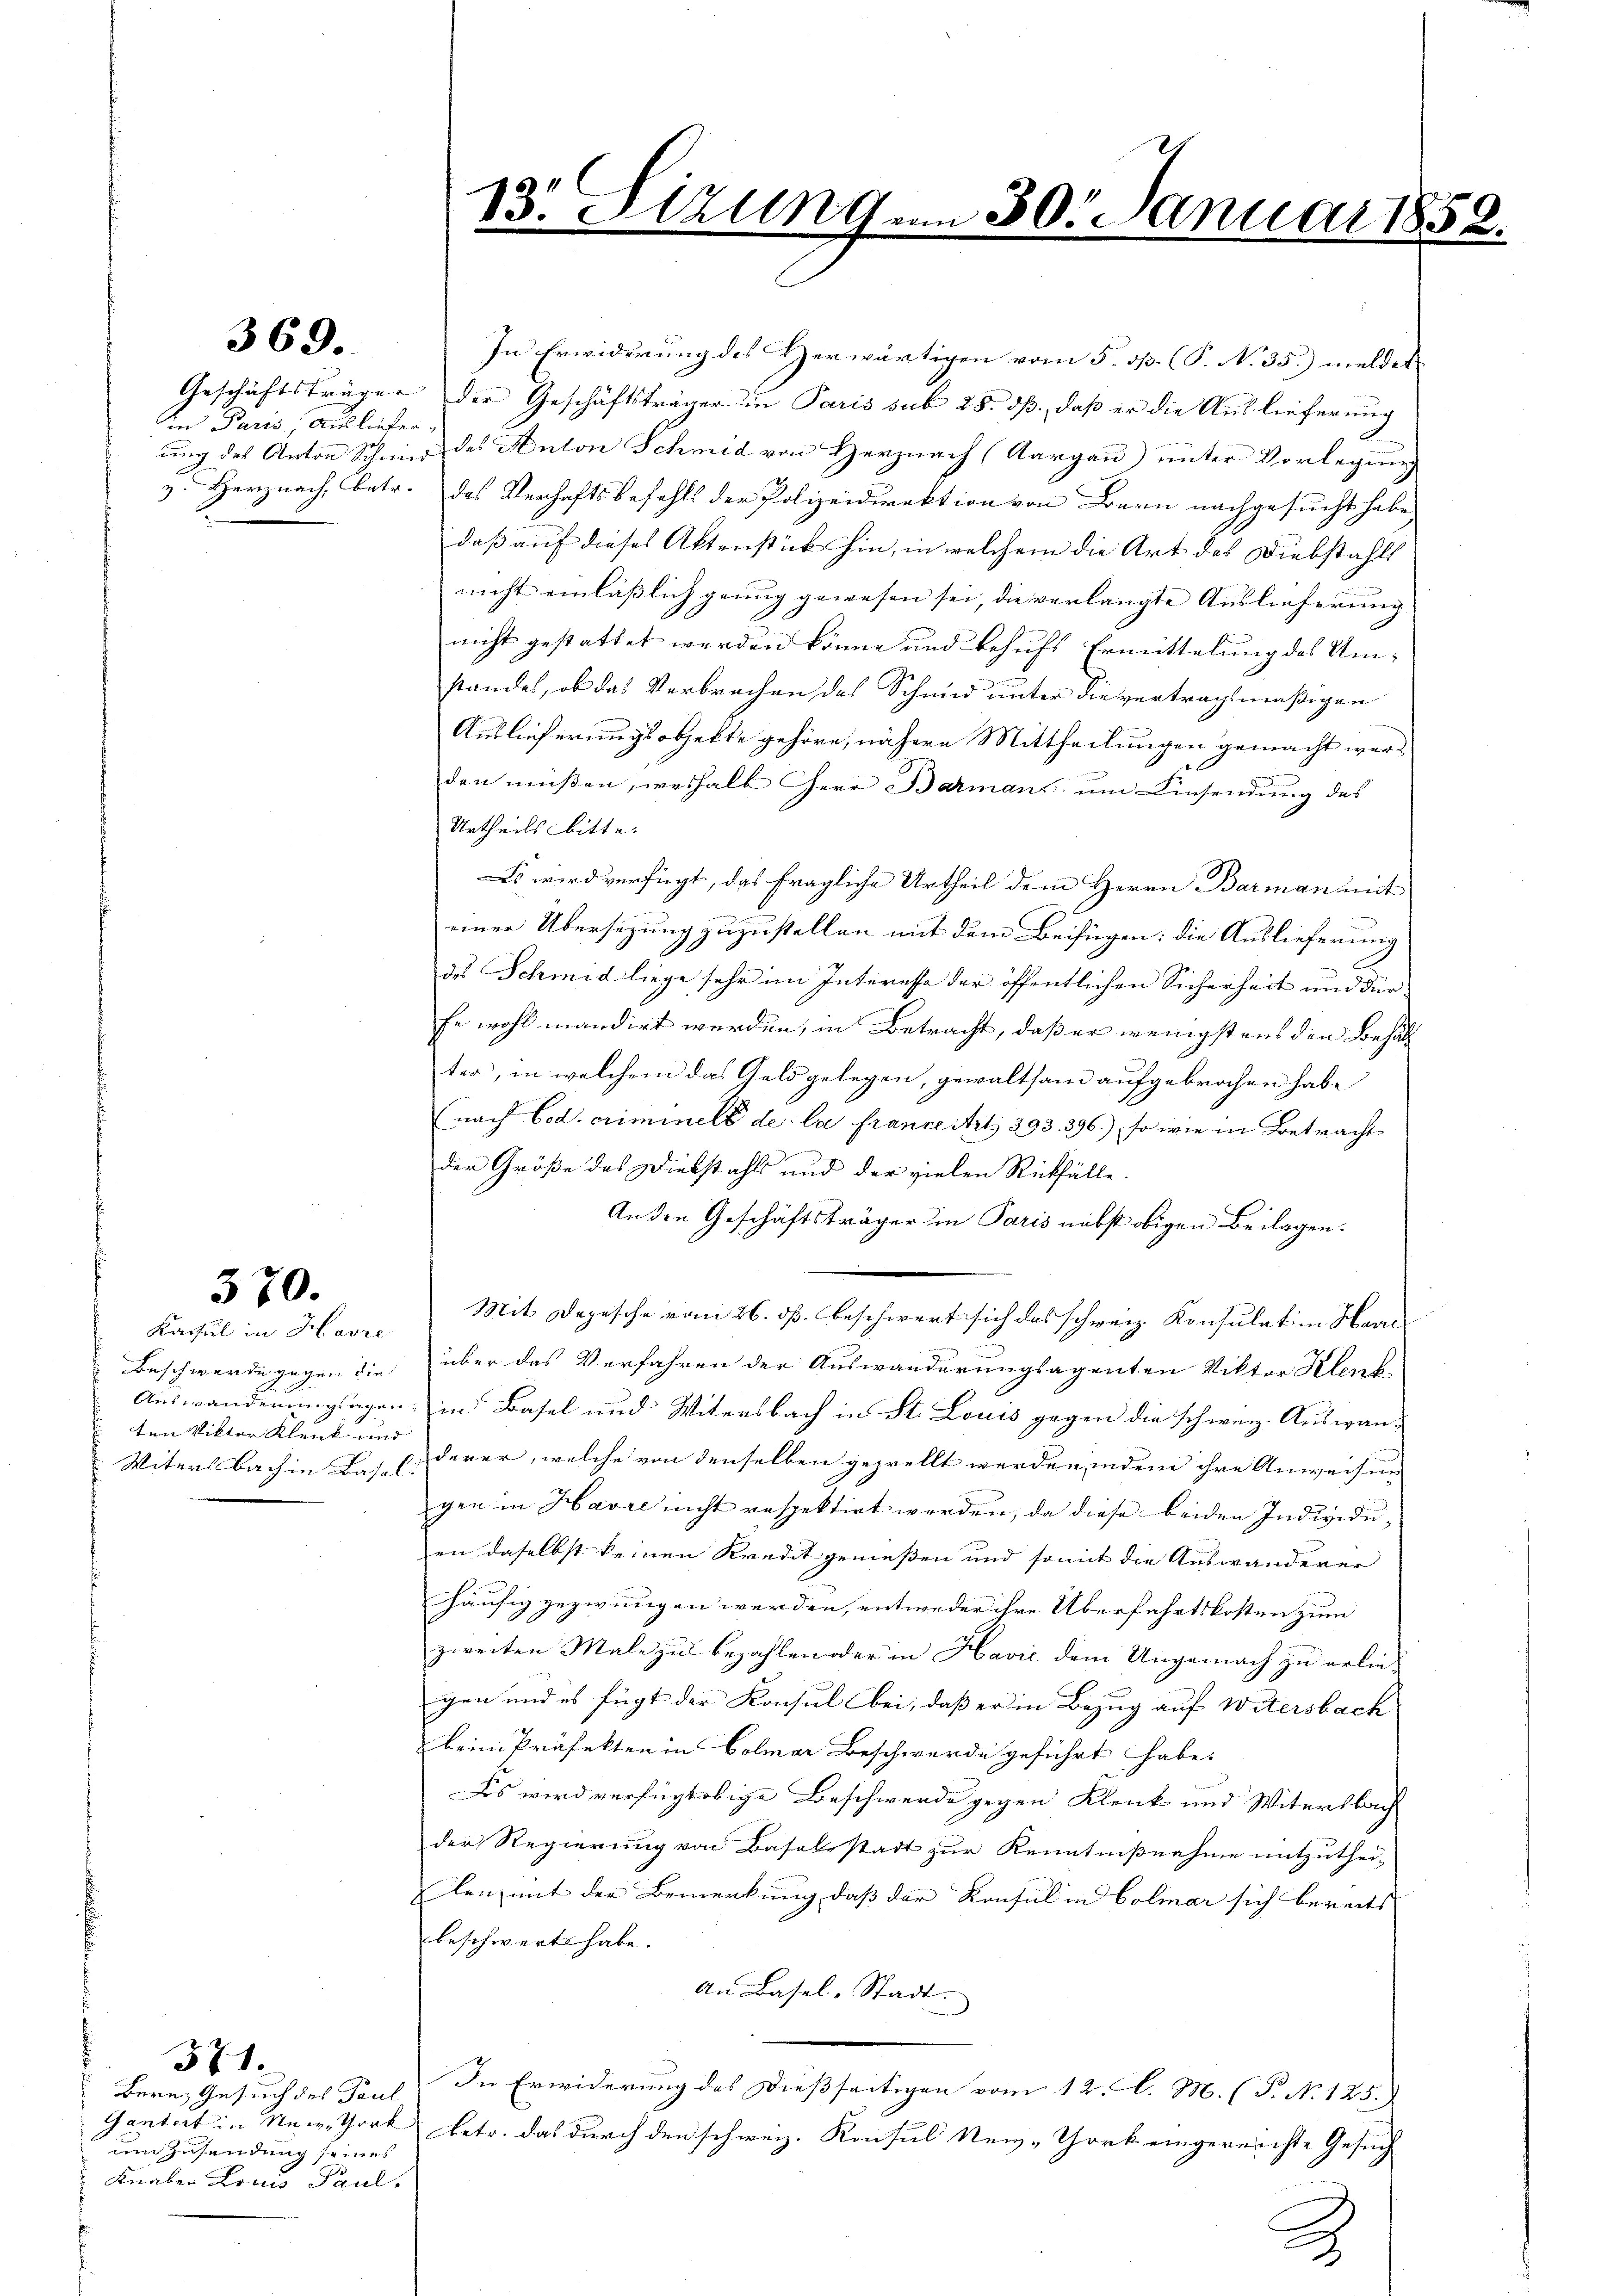
369.

in Paris, Ausliefer,

570.
Kacsul in Havre

Beschwerde gegen die
Auswanderungsagen
ten Viktor Klenk und

Bern, Gesuch des Paul
um Zusendung seines
Knaben Louis Paul.

571.

13. Sizunge

In Erwiderung des Herwärtigen vom 5. dß. (T. No 35.) meldet
Geschäftsträger der Geschäftsträger in Paris sub 28. dß., daß er die Auslieferung
ung des Anton Schmied des Anton Schmid von Herznach (Aargau) unter Vorlegung
y. Herz nach, betr. das Verhaftsbefehls der Polizeidirektion von Bern nachgesucht habe,
daß auf dieses Aktenstück hin, in welchem die Art des Diebstahls
nicht einläßlich genug gewesen sei, die verlangte Auslieferung
nicht gestattet werden könne und behufs Ermittelung des Um-
standes, ob das Verbrechen des Schmid unter die vertragsmäßigen
Auslieferungsobjekte gehöre, nähere Mittheilungen gemacht werden müßen, weshalb Herr Barmans um Einsendung des
Urtheils bitte.
Es wird verfügt, das fragliche Urtheil dem Herrn Barman mit
einer Übersetzung zuzustellen mit dem Beifügen: die Auslieferung
des Schmid liege sehr im Interesse der öffentlichen Sicherheit und Fürfe wohl mandirt werden, in Betracht, daß er wenigstens den Behal
ter, in welchem das Geld gelegen, gewaltsam aufgebrochen habe
(nach Cod. criminels de la france Art. 393. 396), so wie in Betracht
der Größe des Diebstahls und der vielen Rückfälle.
An den Geschäftsträger in Paris nebst obigen Beilagen.
Mit Depesche vom 26. dß. beschwert sich das schweiz. Konsulation Han
über das Verfahren der Auswanderungsagenten Viktor Klenk
 in Basel und Witersbach in St. Louis gegen die schweiz. Auswan-
Witersbach in des C. derer, welche von denselben geprellt werden, indem ihre Anweisung
gen in Havre nicht respektirt werden, da diese beiden Individu-
en daselbst keinen Kredit geniessen und somit die Auswanderer
häufig gezwungen werden, entweder ihre Überfahrtskosten zum
zweiten Male zu bezahlen oder in Havić dem Ungemach zu erliegen und es fügt der Konsul bei, daß er in Bezug auf Witersbach
beim Präfekten in Colmar Beschwerde geführt habe.
Des wird verfügt obige Beschwerde gegen Klenk und Witersbach
der Regierung von Baselstadt zur Kenntnißnahme mitzuthei-
Elen mit der Bemerkung dass der Konsul in Colmar sich bereits
beschwert habe.
An Basel-Stadt.
In Erwiderung des dießseitigen vom 12. d. M. (T. No. 125.)
Gantert in New York betr. das durch den schweiz. Konsul New-York eingereichte Gesuch
2

230. Januar 18

2

3.

.